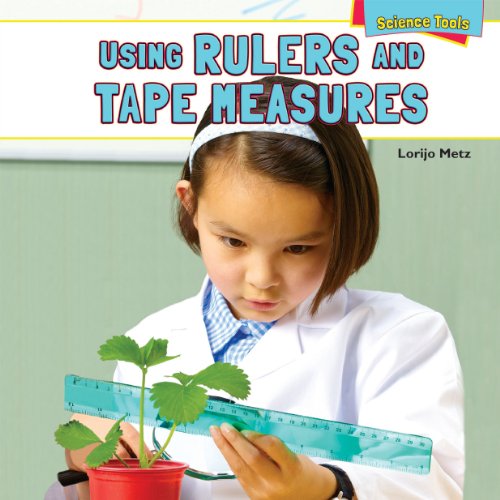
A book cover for Using Rulers and Tape Measures (Science Tools); Lorijo Metz; Children's Books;